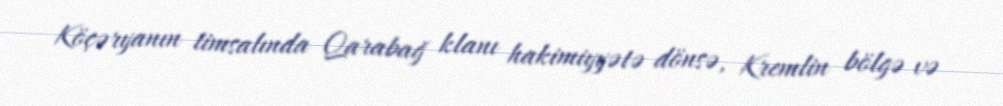
Köçəryanın timsalında Qarabağ klanı hakimiyyətə dönsə, Kremlin bölgə və